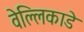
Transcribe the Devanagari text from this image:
वेल्लिकाडे